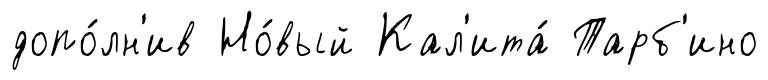
допо́лн'ив Но́вый Кал'ита́ Тарб'ино